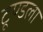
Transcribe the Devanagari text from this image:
टूण्‍डला